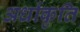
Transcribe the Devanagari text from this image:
अर्धाकृति